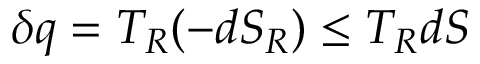
\delta q = T _ { R } ( - d S _ { R } ) \leq T _ { R } d S